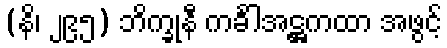
(နိ၊ ၂၉၅) ဘိက္ခုနီ ကင်္ခါအဋ္ဌကထာ အဖွင့်